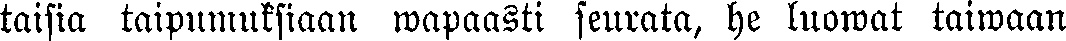
taisia taipumuksiaan wapaasti seurata, he luowat taiwaan